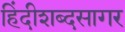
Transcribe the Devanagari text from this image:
हिंदीशब्दसागर